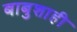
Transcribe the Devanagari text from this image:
बाबुशाही